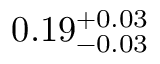
0 . 1 9 _ { - 0 . 0 3 } ^ { + 0 . 0 3 }